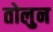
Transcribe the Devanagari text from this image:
तोलुन